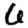
Digit: 6